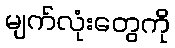
မျက်လုံးတွေကို